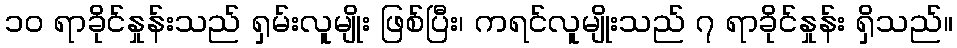
၁၀ ရာခိုင်နှုန်းသည် ရှမ်းလူမျိုး ဖြစ်ပြီး၊ ကရင်လူမျိုးသည် ၇ ရာခိုင်နှုန်း ရှိသည်။